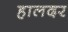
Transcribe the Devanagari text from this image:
हालदर